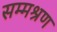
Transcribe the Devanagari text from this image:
सम्मश्रण